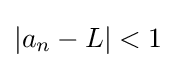
|a_{n}-L|<1